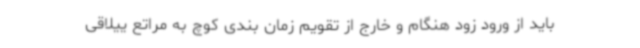
باید از ورود زود هنگام و خارج از تقویم زمان بندی کوچ به مراتع ییلاقی